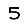
Digit: 5